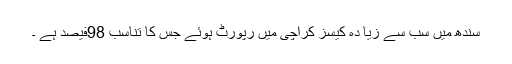
سندھ میں سب سے زیا دہ کیسز کراچی میں رپورٹ ہوئے جس کا تناسب 98فیصد ہے ۔